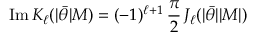
\mathrm { I m } \, K _ { \ell } ( | \bar { \theta } | M ) = ( - 1 ) ^ { \ell + 1 } \, { \frac { \pi } { 2 } } \, J _ { \ell } ( | \bar { \theta } | | M | )